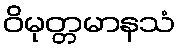
ဝိမုတ္တမာနသံ